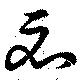
必